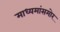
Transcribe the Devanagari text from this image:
माध्यमांसमोर